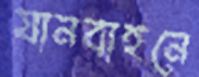
যানবাহনে